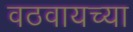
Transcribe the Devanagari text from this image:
वठवायच्या